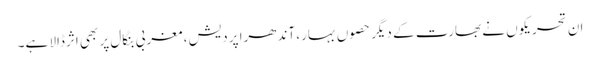
ان تحریکوں نے بھارت کے دیگر حصوں بہار، آندھرا پردیش، مغربی بنگال پر بھی اثرڈالا ہے۔